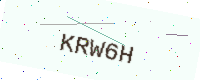
Text: KRW6H